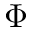
\Phi